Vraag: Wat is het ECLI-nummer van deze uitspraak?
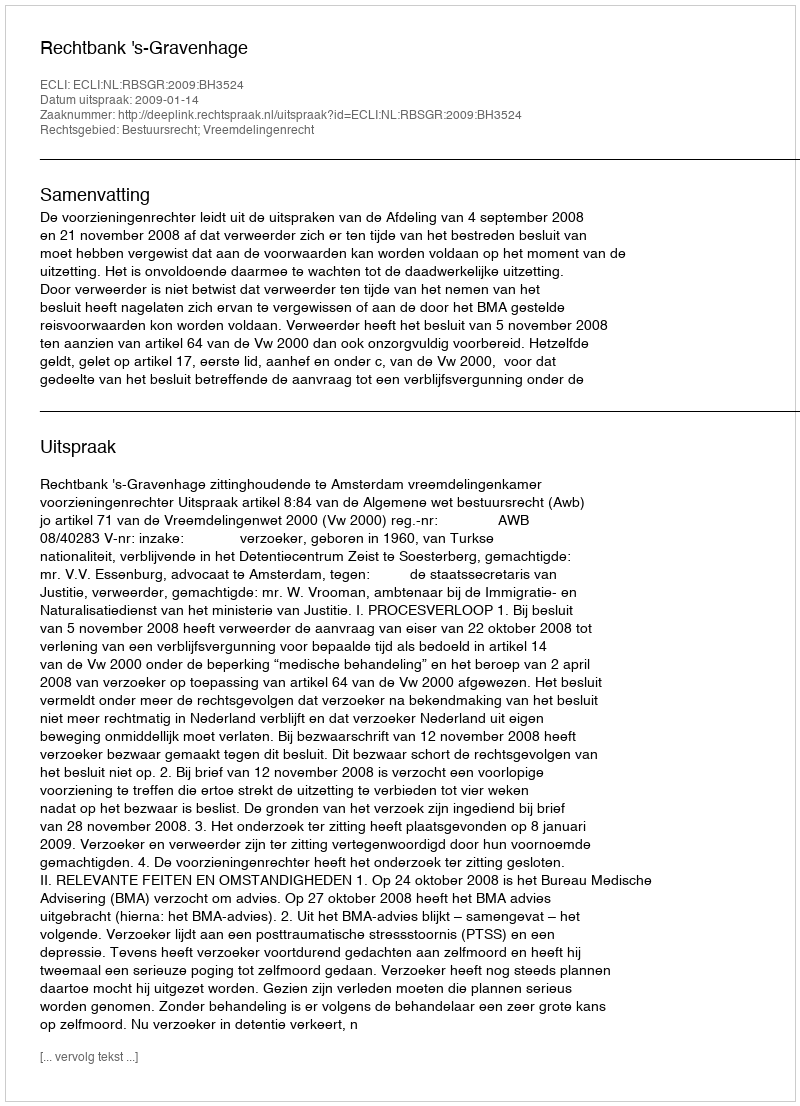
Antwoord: ECLI:NL:RBSGR:2009:BH3524